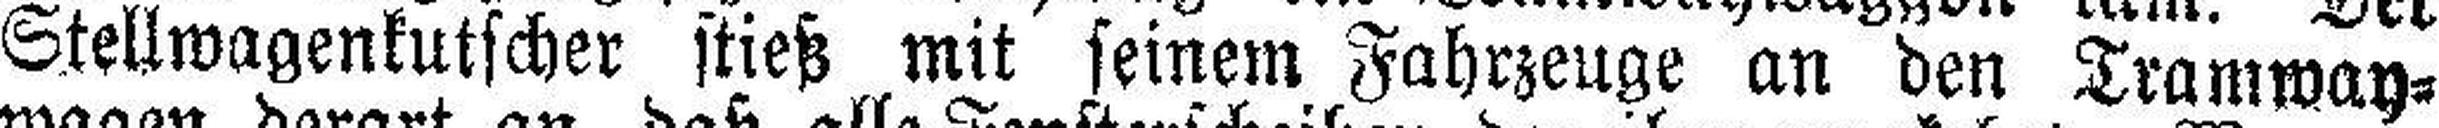
Stellwagenkutscher stieß mit seinem Fahrzeuge an den Tramway¬